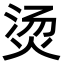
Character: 烫